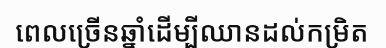
ពេលច្រើនឆ្នាំដើម្បីឈានដល់កម្រិត